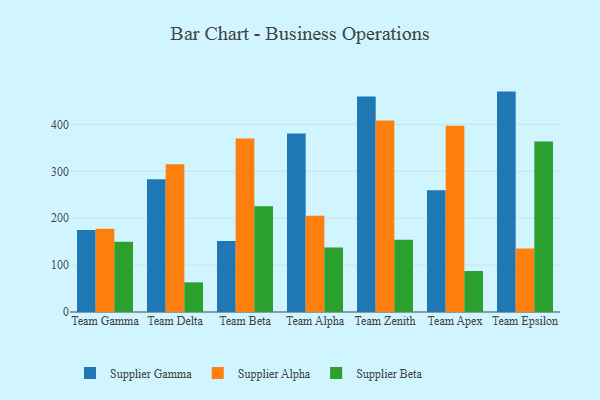
{"axis": {"x": "Team", "y": "Latency (ms)"}, "legend": ["Supplier Alpha", "Supplier Beta", "Supplier Gamma"], "data": [{"x": "Team Gamma", "y": 174.7, "type": "Supplier Gamma"}, {"x": "Team Gamma", "y": 177.4, "type": "Supplier Alpha"}, {"x": "Team Gamma", "y": 149.9, "type": "Supplier Beta"}, {"x": "Team Delta", "y": 283.1, "type": "Supplier Gamma"}, {"x": "Team Delta", "y": 315.0, "type": "Supplier Alpha"}, {"x": "Team Delta", "y": 63.3, "type": "Supplier Beta"}, {"x": "Team Beta", "y": 151.5, "type": "Supplier Gamma"}, {"x": "Team Beta", "y": 370.2, "type": "Supplier Alpha"}, {"x": "Team Beta", "y": 225.7, "type": "Supplier Beta"}, {"x": "Team Alpha", "y": 380.7, "type": "Supplier Gamma"}, {"x": "Team Alpha", "y": 205.4, "type": "Supplier Alpha"}, {"x": "Team Alpha", "y": 137.3, "type": "Supplier Beta"}, {"x": "Team Zenith", "y": 459.5, "type": "Supplier Gamma"}, {"x": "Team Zenith", "y": 408.2, "type": "Supplier Alpha"}, {"x": "Team Zenith", "y": 153.9, "type": "Supplier Beta"}, {"x": "Team Apex", "y": 259.6, "type": "Supplier Gamma"}, {"x": "Team Apex", "y": 397.4, "type": "Supplier Alpha"}, {"x": "Team Apex", "y": 87.5, "type": "Supplier Beta"}, {"x": "Team Epsilon", "y": 470.0, "type": "Supplier Gamma"}, {"x": "Team Epsilon", "y": 135.2, "type": "Supplier Alpha"}, {"x": "Team Epsilon", "y": 363.5, "type": "Supplier Beta"}]}